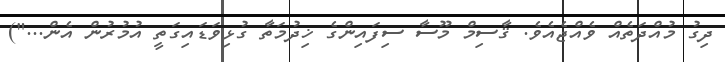
ދިގު މުއްދަތެއް ވެއްޖެއެވެ. ޤާސިމް މޫސާ ސިފައިންގެ ޚިދުމަތާ ގުޅިވަޑައިގަތީ އުމުރުން އެން...")